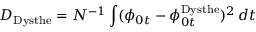
D _ { \mathrm { { D y s t h e } } } = N ^ { - 1 } \int ( \phi _ { 0 t } - \phi _ { 0 t } ^ { \mathrm { { D y s t h e } } } ) ^ { 2 } \, d t